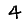
Digit: 4